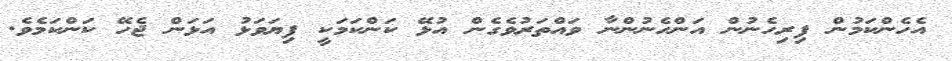
އެހެންކަމުން ފިރިހެނުން އަންހެނުންނާ ވައްތަރުވެގެން އުޅޭ ކަންކަމަކީ ފިޔަވަޅު އަޅަން ޖެހޭ ކަންކަމެވެ.